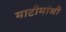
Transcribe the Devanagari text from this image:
माटीमांथी